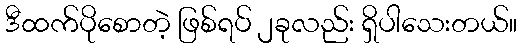
ဒီထက်ပိုစောတဲ့ ဖြစ်ရပ် ၂ခုလည်း ရှိပါသေးတယ်။